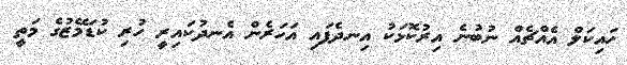
ހައިކަލް އެއްޗެއް ނުބުނެ އިރުކޮޅަކު އިނދެފައި އަހަރެން އެނދުކައިރީ ހުރި ކުޑަމޭޒުގެ މަތީ